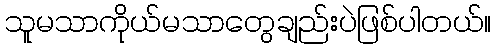
သူမသာကိုယ်မသာတွေချည်းပဲဖြစ်ပါတယ်။